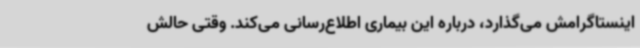
اینستاگرامش می‌گذارد، درباره این بیماری اطلاع‌رسانی می‌کند. وقتی حالش